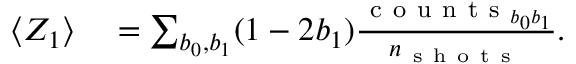
\begin{array} { r l } { \langle Z _ { 1 } \rangle } & { { } = \sum _ { b _ { 0 } , b _ { 1 } } ( 1 - 2 b _ { 1 } ) \frac { \mathrm { ~ c ~ o ~ u ~ n ~ t ~ s ~ } _ { b _ { 0 } b _ { 1 } } } { n _ { \mathrm { ~ s ~ h ~ o ~ t ~ s ~ } } } . } \end{array}